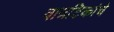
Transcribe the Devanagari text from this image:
वात्रटिकांचे